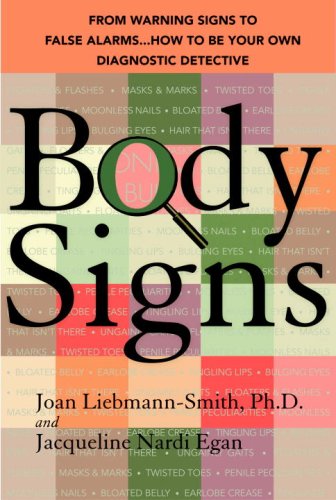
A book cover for Body Signs: From Warning Signs to False Alarms...How to Be Your Own Diagnostic Detective; Joan Liebmann-Smith; Health, Fitness & Dieting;